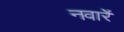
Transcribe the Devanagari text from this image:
नवार्रे